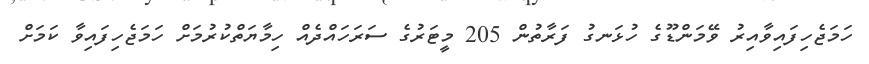
ހަމަޖެހިފައިވާއިރު ވޭމަންޑޫގެ ހުޅަނގު ފަރާތުން 205 މީޓަރުގެ ސަރަހައްދެއް ހިމާޔަތްކުރުމަށް ހަމަޖެހިފައިވާ ކަމަށް